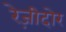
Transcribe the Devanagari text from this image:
रेज़ीदोर